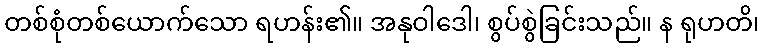
တစ်စုံတစ်ယောက်သော ရဟန်း၏။ အနုဝါဒေါ၊ စွပ်စွဲခြင်းသည်။ န ရုဟတိ၊